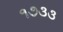
૧૭૩૩